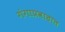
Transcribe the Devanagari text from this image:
गंगाप्रवाहात